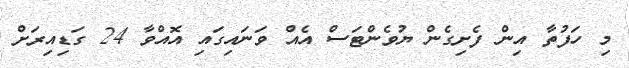
މި ހަފުތާ އިން ފެށިގެން ޔުވެންޓަސް އެއް ވަނައިގައި އޮއްވާ 24 ގަޑިއިރަށް